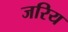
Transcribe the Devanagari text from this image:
जरिय